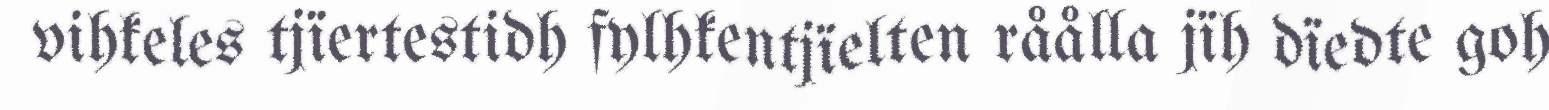
vihkeles tjïertestidh fylhkentjïelten råålla jïh dïedte goh